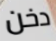
دخن